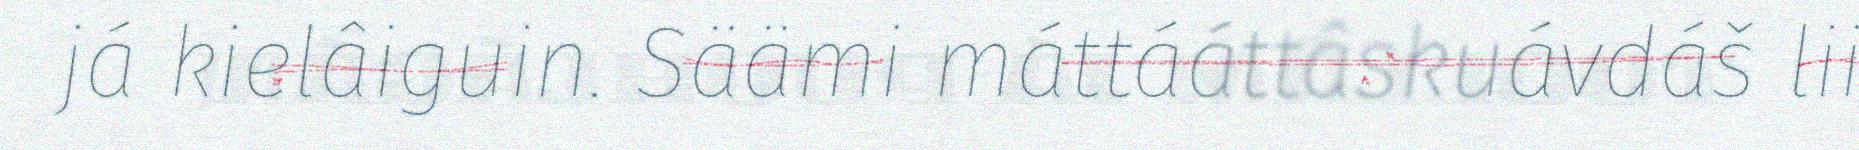
já kielâiguin. Säämi máttááttâskuávdáš lii